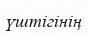
үштігінің